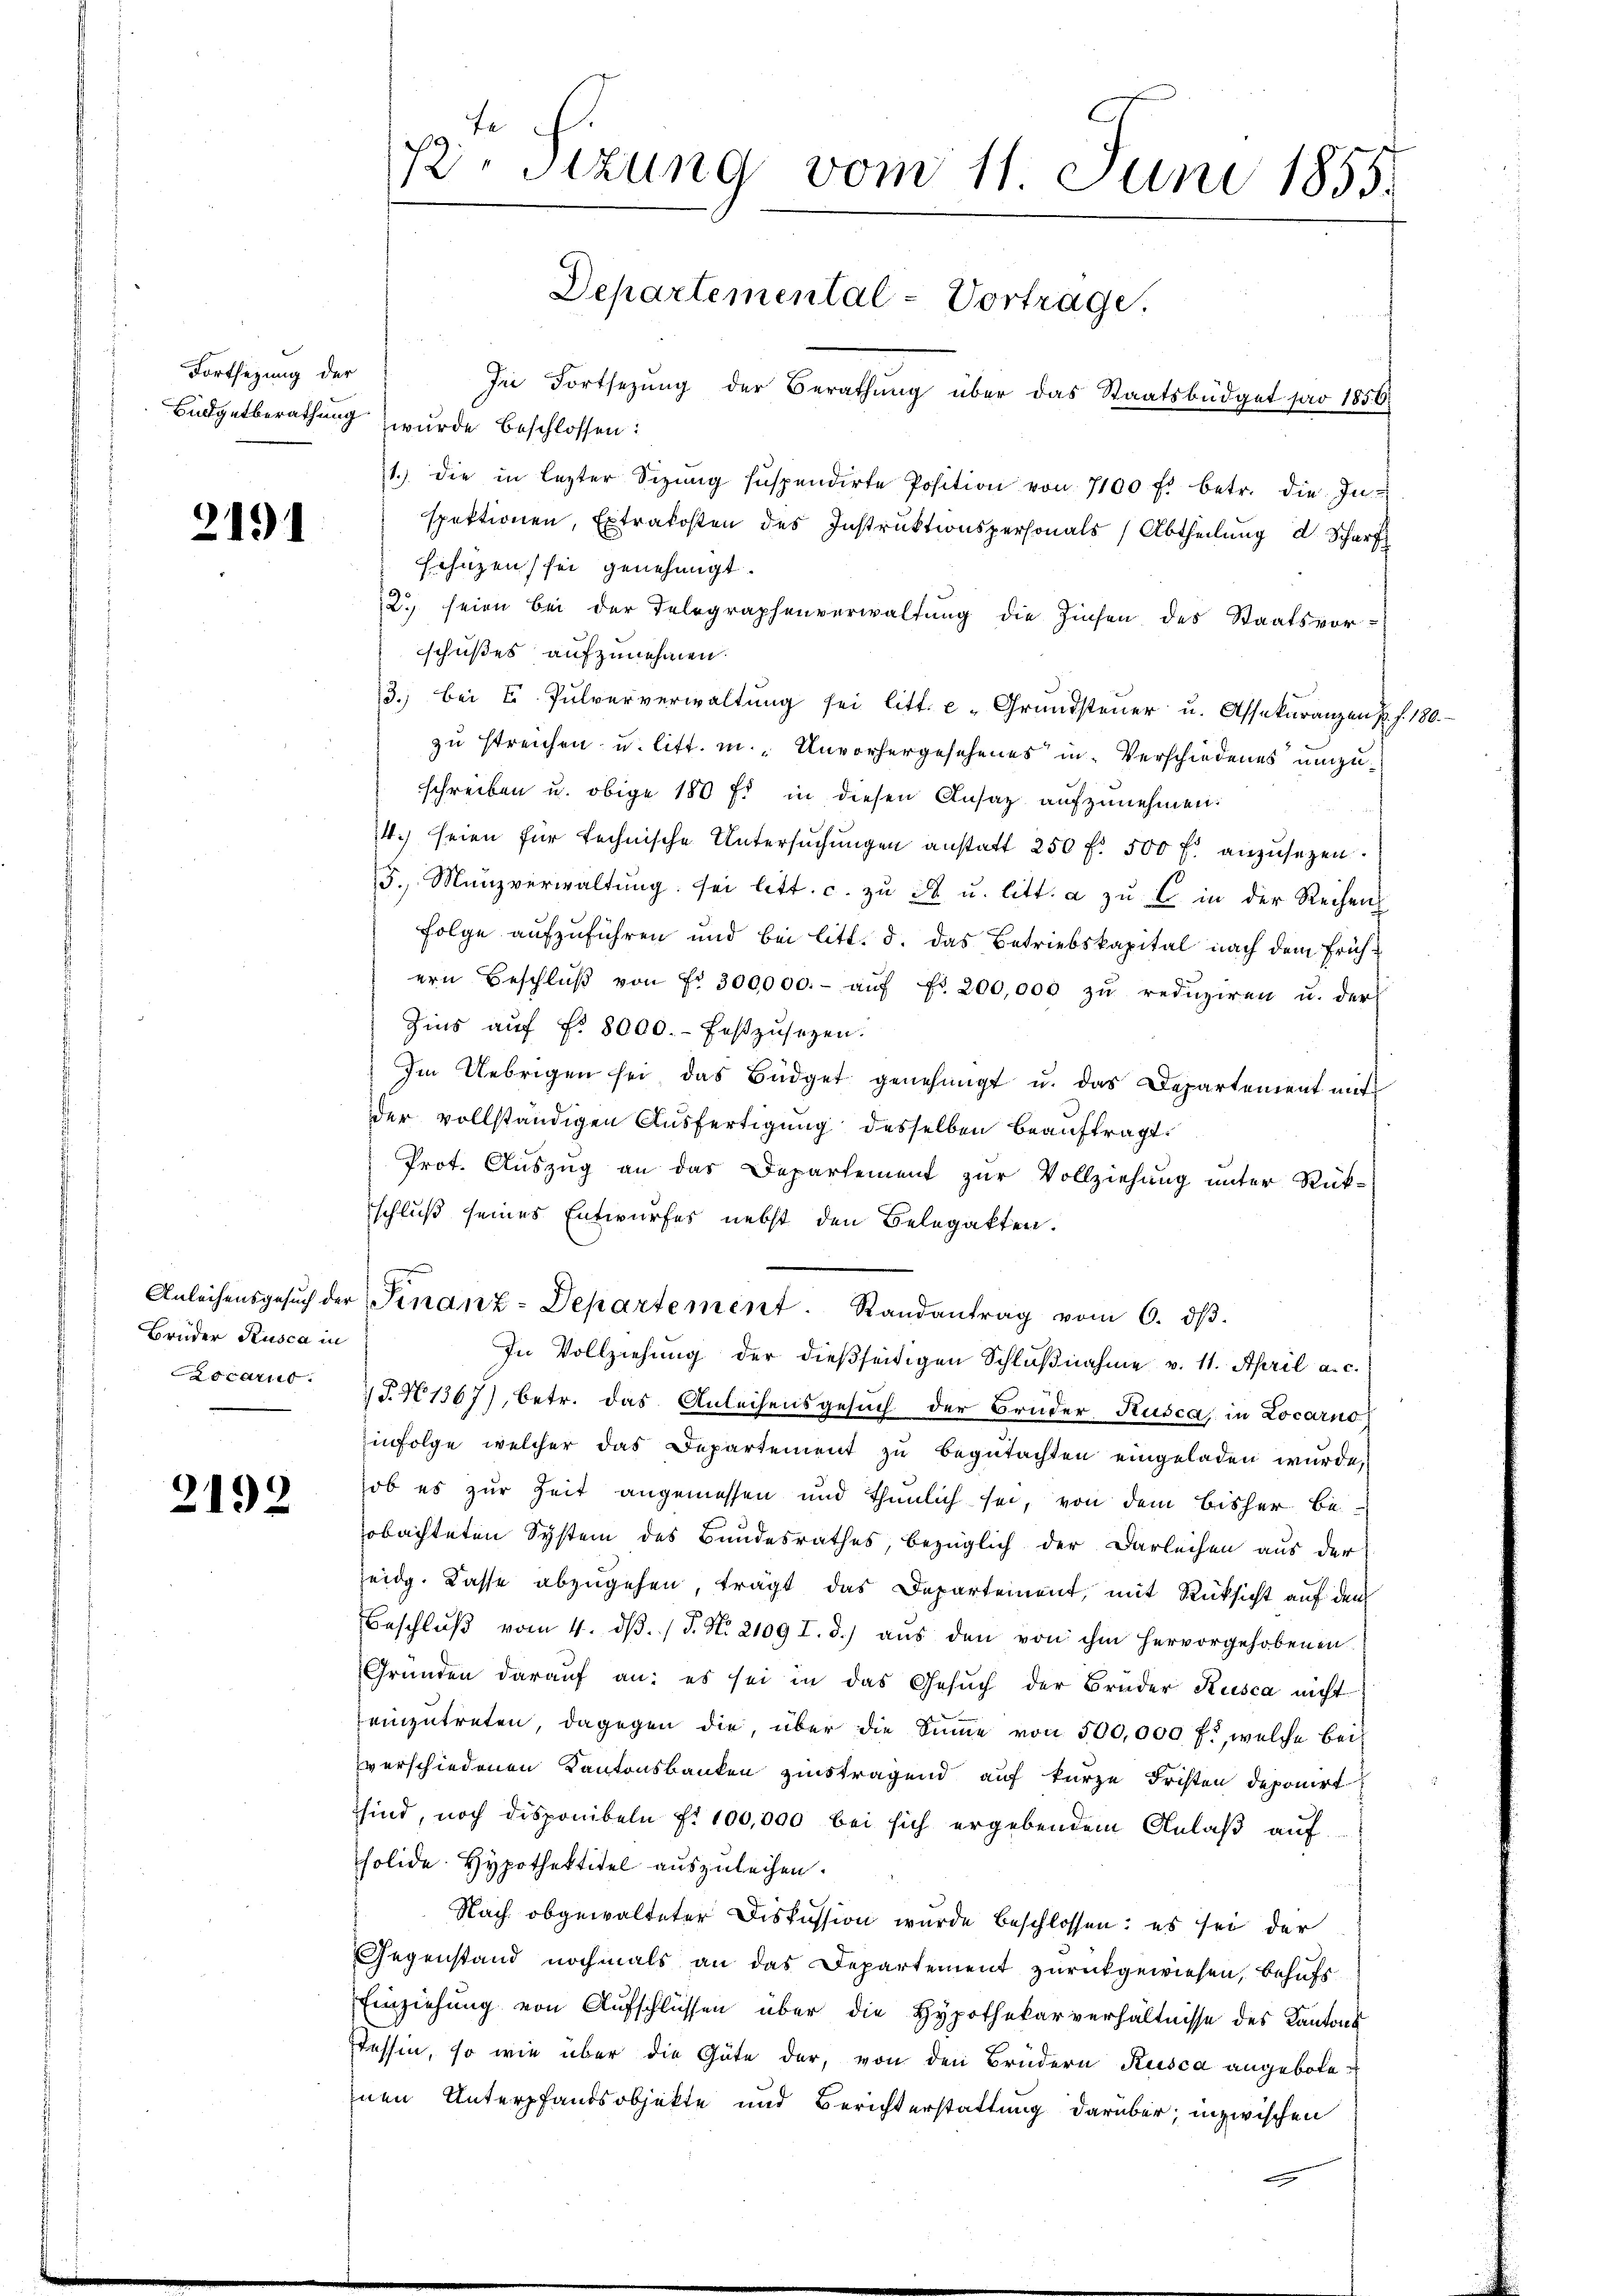
Fortsezung der

2191

Brüder Rusca in
ascarut

2192

x
1
D. sizung vom 11. Juni 1855.
Departemental-Vortrage.

Jn Fortsezung der Berathung über das Staatsbüdget pro 1856
Büdgetberathung wurde beschlossen:
1.) die in lezter Sizŭng suspendirte Position von 7100 f. betr. die In-
spektionen, Extrakosten des Instruktionspersonals Abtheilung d. Scharf
Fehnzen sei genehmigt.
2.) seien bei der Telegraphenverwaltung die Zinsen des Staatsvorschußes aufzunehmen.
3. bei II. Pulververwaltŭng sei litt. c. Grundsteŭer u. Assekŭranzen u. f. 180.
zu streichen u. litt. in „Unvorhergesehenes in Verschiedenes umzuschreiben u. obige 180 f. in diesen Ansaz aufzunehmen.
4. seien für technische Untersŭchŭngen anstatt 250 f. 500 f. anzusetzen.
5. Manzverwaltŭng sei litt. c. zŭ St. u. litt. a zŭ C in der Reihen
Folge aufzuführen und bei Litt. d. das Betriebskapital nach dem Frühern Beschlŭβ von Fr. 300000.- aŭf fr. 200,000 zŭ redŭziren u. der
Zins auf Fr. 8000.- festzusetzen.
Im Uebrigen sei das Büdget genehmigt u. das Departement mit
der vollständigen Ausfertigung desselben beauftragt.
Prot. Auszug an das Departement zur Vollziehung unter Rück-
schluß seines Entwurfes nebst den Belegatten.
Anleihensgesŭch der Finanz-Departement. Randantrag vom 6. dβ.
In Vollziehung der dießseitigen Schlŭβnahme v. 11. April a. c.
1T.N 1367), betr. das Anleihensgesuch der Brüder Rusca, in Locarno
infolge welcher das Departement zu begutachten eingeladen wurde,
ob es zur Zeit angemessen und thunlich sei, von dem bisher be-
obachteten System des Bundesrathes, bezüglich der Darleihen aus der
Zeidg. Kasse abzugehen, trägt das Departement, mit Rücksicht auf den
Beschlŭβ vom 4. dβ. / 5. N. 2109 I. d.) aŭs den von ihm hervorgehobenen
Gründen darauf an: es sei in das Gesŭch der Brüder Rusca nicht
einzŭtreten, dagegen die, über die Sinne von 500,000 f:, welche bei
verschiedenen Kantonsbanken zinstragend auf kurze Fristen deponirt
sind, noch disponibeln fi 100,000 bei sich ergebendem Anlaß auf
solide Hypothektitel auszuleihen.
Nach obgewalteter Diskussion wurde beschlossen: es sei der
Gegenstand nochmals an das Departement zurückgewiesen, behufs
Einziehung von Aufschlüssen über die Hypothekarverhältnisse des Kantons
Tessin, so wie über die Güte der, von den Brüdern Rusca angebote
inen Unterpfandsobjekte und Berichterstattung darüber; inzwischen